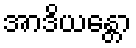
အာဒိယန္တော